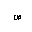
Letter: _sad